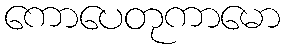
ကောပေတုကာမော